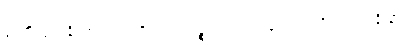
ဣတိဣမာနိ၊ ဤသည်တို့ကား။ ပဉ္စ၊ ငါးပါးကုန်သော။ ဝိညာဏာနိ နာမ၊